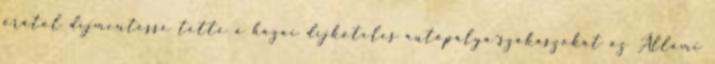
órától díjmentessé tette a hazai díjköteles autópálya-szakaszokat az Állami